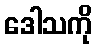
ဒေါသကို